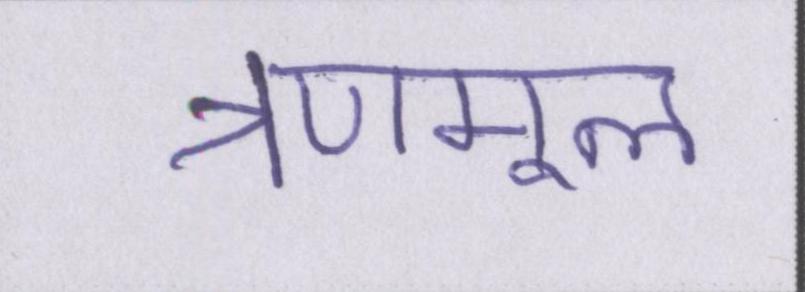
त्रणमूल